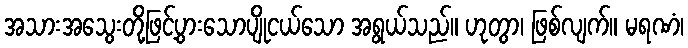
အသားအသွေးတို့ဖြင့်ပွားသောပျိုငယ်သော အရွယ်သည်။ ဟုတွာ၊ ဖြစ်လျက်။ မရဏံ၊